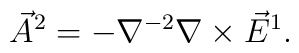
\vec A^2 = - \nabla^{-2} \nabla \times \vec E^1.